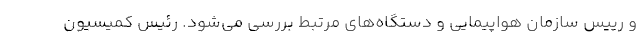
و رییس سازمان هواپیمایی و دستگاه‌های مرتبط بررسی می‌شود. رئیس کمیسیون